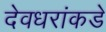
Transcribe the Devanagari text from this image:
देवधरांकडे